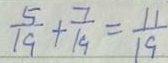
\frac { 5 } { 1 9 } + \frac { 7 } { 1 9 } = \frac { 1 1 } { 1 9 }